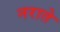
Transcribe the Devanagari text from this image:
नराते